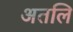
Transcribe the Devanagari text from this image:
अतलि